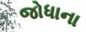
જોધાના